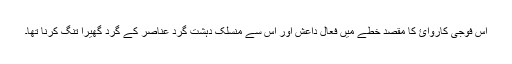
اس فوجی کاروائ کا مقصد خطے ميں فعال داعش اور اس سے منسلک دہشت گرد عناصر کے گرد گھيرا تنگ کرنا تھا۔